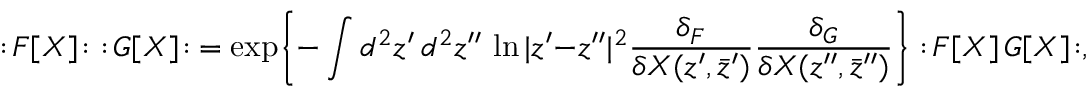
: \! { \cal F } [ X ] \! : \, \, : \! { \cal G } [ X ] \! : \ = \exp \biggl \{ - \int d ^ { 2 } z ^ { \prime } \, d ^ { 2 } z ^ { \prime \prime } \, \ln | z ^ { \prime } - z ^ { \prime \prime } | ^ { 2 } \frac { \delta _ { F } } { \delta X ( z ^ { \prime } , \bar { z } ^ { \prime } ) } \frac { \delta _ { G } } { \delta X ( z ^ { \prime \prime } , \bar { z } ^ { \prime \prime } ) } \biggr \} : \! { \cal F } [ X ] \, { \cal G } [ X ] \! : ,